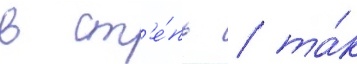
в ст'е́пь / та́к